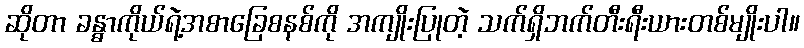
ဆိုတာ ခန္ဓာကိုယ်ရဲ့အစာခြေစနစ်ကို အကျိုးပြုတဲ့ သက်ရှိဘက်တီးရီးယားတစ်မျိုးပါ။